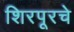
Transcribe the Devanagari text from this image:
शिरपूरचे